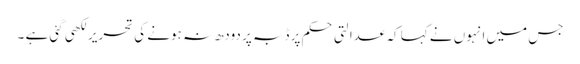
جس میں انہوں نے کہا کہ عدالتی حکم پر ڈبہ پر دودھ نہ ہونے کی تحریر لکھی گئی ہے ۔